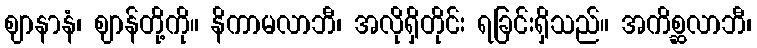
ဈာနာနံ၊ ဈာန်တို့ကို။ နိကာမလာဘီ၊ အလိုရှိတိုင်း ရခြင်းရှိသည်။ အကိစ္ဆလာဘီ၊